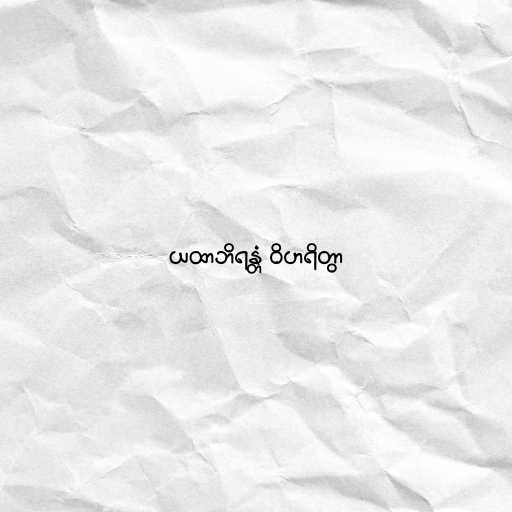
ယထာဘိရန္တံ ဝိဟရိတွာ